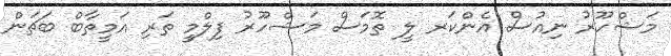
މަޝްހޫރު ނިއުސް އެންކަރ ލީ ތޮމަސް މަޝްހޫރު ފިލްމީ ތަރި އަމީތާބް ބަޗަން